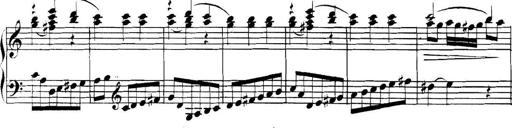
Title: Collected Piano Sonatas
Composer: Muzio Clementi